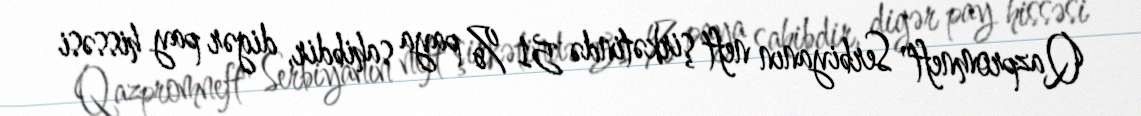
Qazpromneft" Serbiyanın neft şirkətində 51 % paya sahibdir, digər pay hissəsi